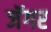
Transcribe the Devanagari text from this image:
जॅगर